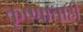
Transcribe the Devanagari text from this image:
कृष्णाचाही